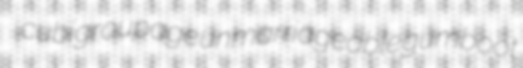
cubi groupage unmarriageable gumboot